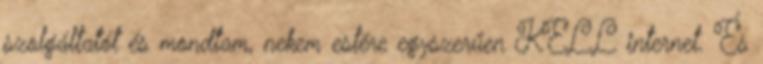
szolgáltatót és mondtam, nekem estére egyszerűen KELL internet. És